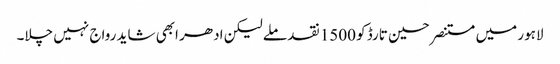
لاہور میں مستنصر حسین تارڈ کو 1500 نقد ملے لیکن ادھر ابھی شاید رواج نہیں چلا۔